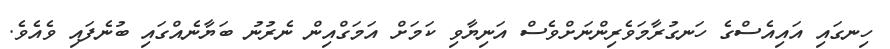
ހިނގައި އައިއެސްގެ ހަނގުރާމަވެރިންނަށްވެސް އަނިޔާވި ކަމަށް އަމަގްއިން ނެރުނު ބަޔާނެއްގައި ބުނެފައި ވެއެވެ.